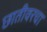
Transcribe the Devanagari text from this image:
छातीवरचा